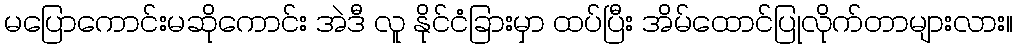
မပြောကောင်းမဆိုကောင်း အဲဒီ လူ နိုင်ငံခြားမှာ ထပ်ပြီး အိမ်ထောင်ပြုလိုက်တာများလား။